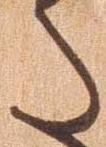
た